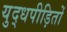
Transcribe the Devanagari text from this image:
युद्धपीड़ितों